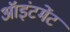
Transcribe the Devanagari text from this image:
ऑइंटमेंट